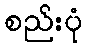
စည်းပုံ